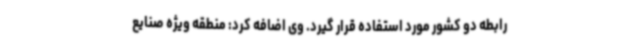
رابطه دو کشور مورد استفاده قرار گیرد. وی اضافه کرد: منطقه ویژه صنایع